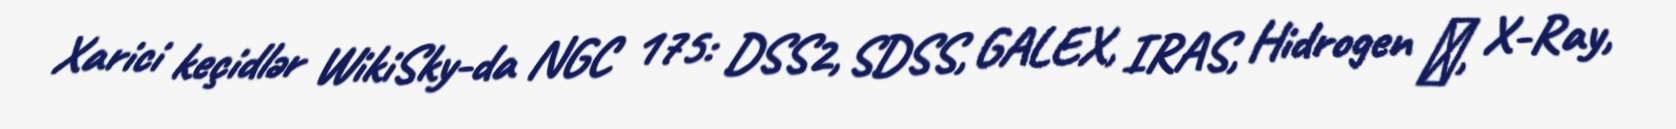
Xarici keçidlər WikiSky-da NGC 175: DSS2, SDSS, GALEX, IRAS, Hidrogen α, X-Ray,